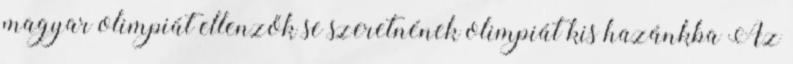
magyar olimpiát ellenzők se szeretnének olimpiát kis hazánkba Az